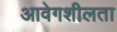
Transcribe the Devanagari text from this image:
आवेगशीलता